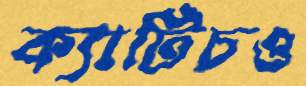
ক্যাটিচও